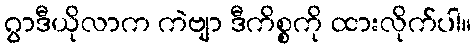
ဂွာဒီယိုလာက ကဲဗျာ ဒီကိစ္စကို ထားလိုက်ပါ။